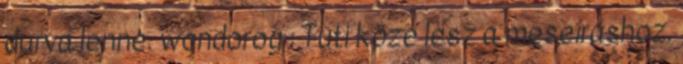
durva lenne. wondorog : Tuti köze lesz a meseíráshoz.